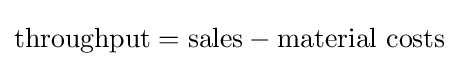
{\text{throughput}}={\text{sales}}-{\text{material costs}}